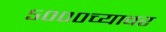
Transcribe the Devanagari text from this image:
५०००च्यावर